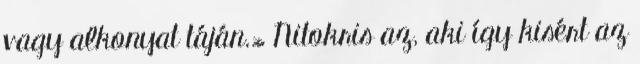
vagy alkonyat táján.» Nitokris az, aki így kisért az